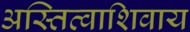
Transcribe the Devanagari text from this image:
अस्तित्वाशिवाय